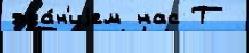
зда́н'иjем нас Т